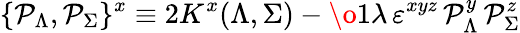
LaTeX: \{ {\cal P}_{\Lambda},{\cal P}_{\Sigma}\} ^{x}\equiv 2K^{x}(\Lambda,\Sigma)-{\o{1}{\lambda}}\, \varepsilon^{xyz}\, {\cal P}_{\Lambda}^{y}\, {\cal P}_{\Sigma}^{z}